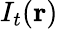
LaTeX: I_{t}(\mathbf{r})